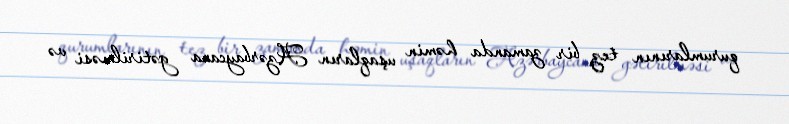
qurumlarının tez bir zamanda həmin uşaqların Azərbaycana gətirilməsi və